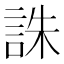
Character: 誅